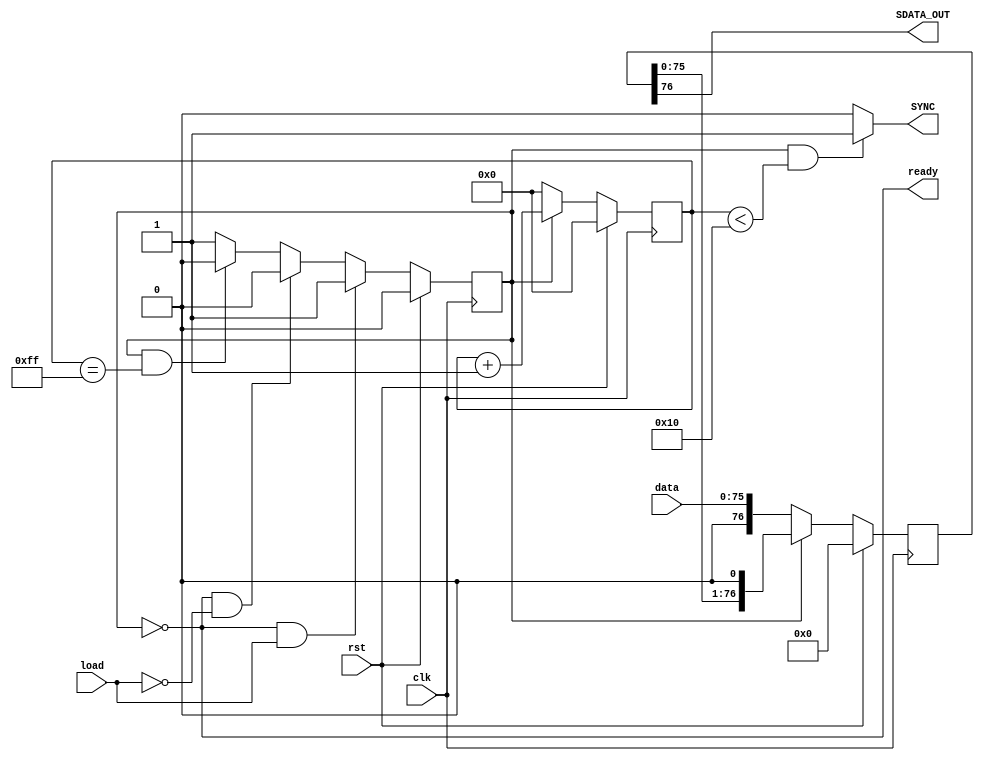
module Audio_Shifter(
	input clk, // BIT_CLK
	input rst, // global reset
	input load, // load signal indicating input
	input[75:0] data, // data to be shifted
	output ready, // indicates shifter is ready for new cmd
	output SYNC, // SYNC FPGA pin
	output SDATA_OUT // SDATA_OUT FPGA pin
	);

	// state parameters
	parameter IDLE = 1'b0; // Idle state
	parameter SHIFTING = 1'b1; // sending state

	// state regs
	reg state;
	wire next_state;
	
	// counting values
	reg[7:0] bit_counter;
	wire[7:0] next_bit_counter;
	
	// shifting data
	reg[76:0] shifter;
	wire[76:0] next_shifter;

	assign ready = (state == IDLE);
	
	// next state logic
	assign next_state =  (state == IDLE && load) ? SHIFTING : 
			     (state == IDLE && !load) ? IDLE:
			     (state == SHIFTING && bit_counter == 8'd255) ? IDLE : SHIFTING;
				
	// update counter and shift data							
	assign next_bit_counter = (state == SHIFTING) ? bit_counter + 1 : 8'd0;
	assign next_shifter = (state == IDLE) ? {1'b0, data} : {shifter[75:0], 1'b0};

	// AC'97 controls
	assign SDATA_OUT = shifter[76];
	assign SYNC = (state == SHIFTING && bit_counter < 8'd16) ? 1'b1 : 1'b0;

	// update sequential logic
	always@(posedge clk) begin
		if(rst) begin
			state <= IDLE;
			shifter <= 64'd0;
			bit_counter <= 8'd0;
		end else begin
			state <= next_state;
			shifter <= next_shifter;
			bit_counter <= next_bit_counter;
		end
	end
endmodule